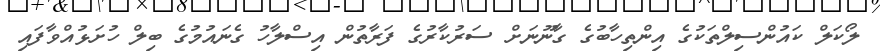
ލޯކަލް ކައުންސިލްތަކުގެ އިންތިހާބުގެ ގާނޫނަށް ސަރުކާރުގެ ފަރާތުން އިސްލާހު ގެނައުމުގެ ބިލް ހުށަޅުއްވާފައި